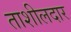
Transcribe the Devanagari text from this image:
ताशीलदार